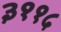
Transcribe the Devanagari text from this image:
३११५